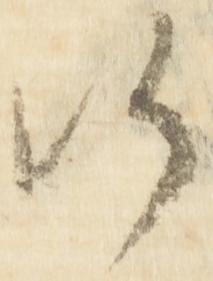
候